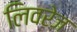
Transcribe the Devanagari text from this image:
लिवरेज